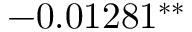
- 0 . 0 1 2 8 1 ^ { \ast \ast }